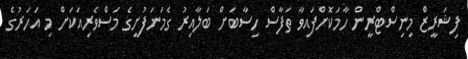
ފިޝަރީޒް މިނިސްޓްރީން ހާމަކޮށްފައިވާ ތަފާސް ހިސާބަށް ބަލާއިރު ގެމަނަފުށީގެ މަސްވެރިއަކަށް މި އަހަރުގެ